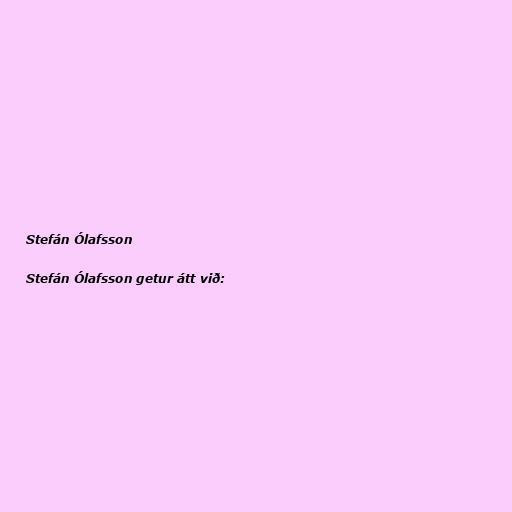
Stefán Ólafsson

Stefán Ólafsson getur átt við: